Vaccination United Provinces of Agra and Oudh 1902-1913 - 1902-1913
Year: 1902
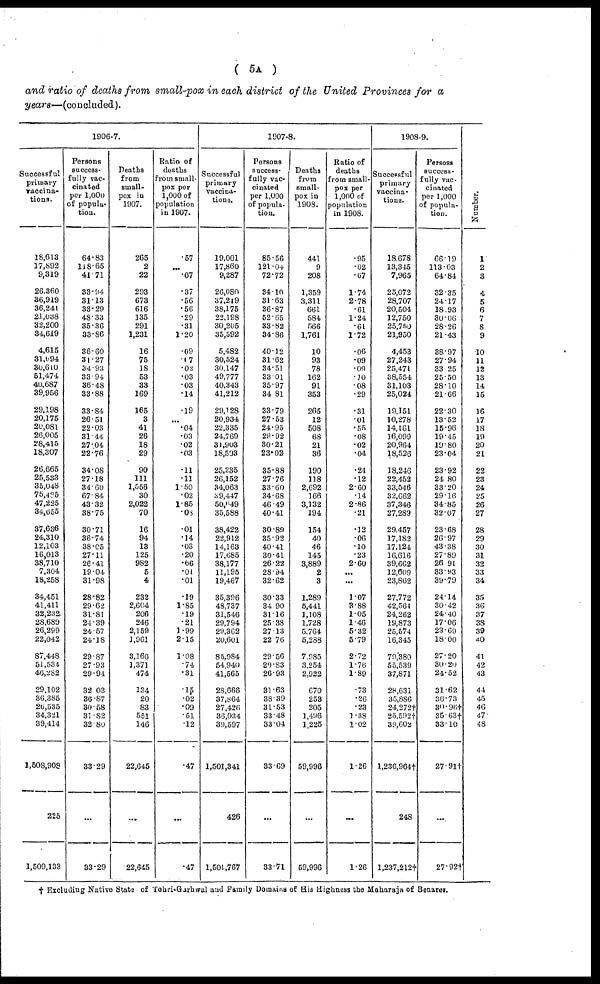
( 5A )
and ratio of deaths from small-pox in each district of the United Provinces for a
years—(concluded).
1906-7.
Successful
primary
vaccina¬
tions.
18,613
17,892
9,319
26,360
36,919
36,241
21,038
32,200
34,619
4,615
31,094
30,610
51,474
40,687
39,956
29,198
20,175
20,081
26,005
28,415
18,307
26,665
25,533
35,048
75,435
47,225
34,655
37,636
24,310
12,103
16,013
38,710
7,304
18,258
34,451
41,411
32,232
28,689
26,299
22,042
87,448
51,534
46,282
29,102
36,385
26,535
34,321
39,414
1,508,908
225
1,509,133
Persons
success-
fully vac-
cinated
per 1,000
of popula-
tion.
64.83
118.65
41.71
33.94
31.13
33.29
48.33
35.36
33.86
36.60
31.27
34.93
33.94
36.48
33.88
33.84
26.51
22.03
31.44
27.04
22.76
34.08
27.18
34.60
67.84
43.32
38.75
30.71
36.74
38.05
27.11
26.41
19.04
31.98
28.82
29.62
31.81
24.39
24.57
24.18
29.87
27.93
29.94
32.03
36.87
30.58
31.82
32.80
33.29
...
33.29
Deaths
from
small-
pox in
1907.
265
2
22
293
673
616
135
291
1,231
16
75
18
53
33
169
165
3
41
26
18
29
90
111
1,556
30
2,022
70
16
94
13
125
982
5
4
232
2,604
206
246
2,159
1,961
3,166
1,371
474
134
20
83
551
146
22,645
...
22,645
Ratio of
deaths
from small-
pox per
1,000 of
population
in 1907.
.57
...
.07
.37
.56
.56
.29
.31
1.20
.09
.07
.02
.03
.03
.14
.19
...
.04
.03
.02
.03
.11
.11
1.50
.02
1.85
.08
.01
.14
.03
.20
.66
.01
.01
.19
1.85
.19
.21
1.99
2.15
1.08
.74
.31
.15
.02
.09
.51
.12
.47
...
.47
1907-8.
Successful
primary
vaccina-
tions.
19,001
17,860
9,287
26,080
37,219
38,175
22,198
30,205
35,592
5,482
30,524
30,147
49,777
40,343
41,212
29,128
20,934
22,335
24,769
31,903
18,503
25,235
26,152
34,063
39,447
50,649
35,588
38,422
22,912
14,163
17,685
38,177
11,195
19,467
35,396
48,737
31,546
29,794
29,362
20,601
85,984
54,940
41,565
28,666
37,864
27,426
36,034
39,597
1,501,341
426
1,501,767
Persons
success¬
fully vac-
cinated
per 1,000
of popula-
tion.
85.56
121.04
72.72
34.10
31.63
36.87
52.65
33.82
34.86
40.12
31.62
34.51
33.01
35.97
34.81
33.79
27.53
24.95
29.92
30.21
23.02
35.88
27.76
33.60
34.68
46.49
40.41
30.89
35.92
40.41
30.41
26.22
28.94
32.62
30.33
34.90
31.16
25.38
27.13
22.76
29.56
29.83
26.93
31.63
38.39
31.53
33.48
33.04
33.69
...
33.71
Deaths
from
small-
pox in
1908.
441
9
208
1,359
3,311
661
584
566
1,761
10
93
78
162
91
353
265
12
508
68
21
36
190
118
2,692
166
3,132
194
154
40
46
145
3,889
2
3
1,289
5,441
1,108
1,728
5,764
5,288
7,985
3,254
2,922
670
253
205
1,496
1,225
59,996
...
59,996
Ratio of
deaths
from small-
pox per
1,000 of
population
in 1908.
.95
.02
.67
1.74
2.78
.61
1.24
.61
1.72
.06
.09
.09
.10
.08
.29
.31
.01
.55
.08
.02
.04
.24
.12
2.60
.14
2.86
.21
.12
.06
.10
.23
2.60
...
...
1.07
3.88
1.05
1.46
5.32
5.79
2.72
1.76
1.89
.73
.26
.23
1.38
1.02
1.26
...
1.26
1908-9.
Successful
primary
vaccina-
tions.
18,678
13,345
7,965
25,072
28,707
20,504
12,750
25,750
21,950
4,453
27,243
25,471
38,554
31,103
25,024
19,151
10,278
14,161
16,099
20,964
18,526
18,246
22,452
33,546
32,662
37,346
27,289
29,457
17,182
17,124
16,616
39,662
12,609
23,862
27,772
42,564
24,262
19,873
25,574
16,345
79,380
55,539
37,871
28,631
35,886
24,272†
25,592†
39,602
1,236,964†
248
1,237,212†
Persons
success-
fully vac-
cinated
per 1,000
of popula-
tion.
66.19
113.03
64.84
32.35
24.17
18.93
30.06
28.26
21.43
38.97
27.94
33.25
25.50
28.10
21.66
22.30
13.52
15.96
19.45
19.80
23.04
23.92
24.80
33.20
29.16
34.85
32.07
23.68
26.97
43.38
27.89
26.91
33.93
39.79
24.14
30.42
24.40
17.06
23.69
18.00
27.20
30.20
24.52
31.62
36.73
30.96†
35.63†
33.10
27.9l†
...
27.92†
Number.
1
2
3
4
5
6
7
8
9
10
11
12
13
14
15
16
17
18
19
20
21
22
23
24
25
26
27
28
29
30
31
32
33
34
35
36
37
38
39
40
41
42
43
44
45
46
47
48
† Excluding Native State of Tehri-Garhwal and Family Domains of His Highness the Maharaja of Benares.